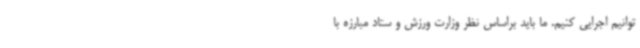
توانیم اجرایی کنیم. ما باید براساس نظر وزارت ورزش و ستاد مبارزه با